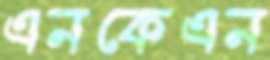
এনকেএন